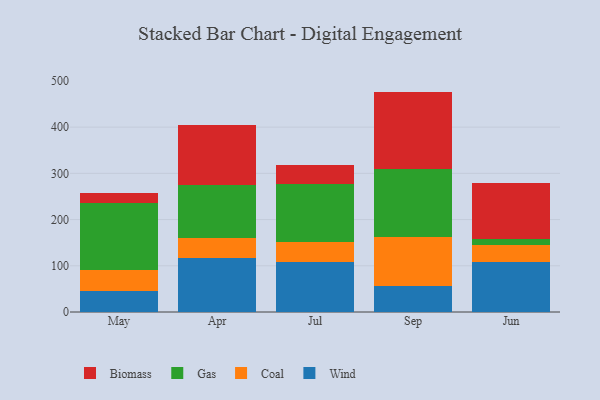
{"axis": {"x": "Month", "y": "Churn Rate (%)"}, "legend": ["Biomass", "Coal", "Gas", "Wind"], "data": [{"x": "May", "y": 44.7, "type": "Wind"}, {"x": "May", "y": 45.5, "type": "Coal"}, {"x": "May", "y": 144.9, "type": "Gas"}, {"x": "May", "y": 21.8, "type": "Biomass"}, {"x": "Apr", "y": 117.4, "type": "Wind"}, {"x": "Apr", "y": 43.5, "type": "Coal"}, {"x": "Apr", "y": 113.3, "type": "Gas"}, {"x": "Apr", "y": 129.4, "type": "Biomass"}, {"x": "Jul", "y": 107.5, "type": "Wind"}, {"x": "Jul", "y": 43.8, "type": "Coal"}, {"x": "Jul", "y": 124.8, "type": "Gas"}, {"x": "Jul", "y": 43.0, "type": "Biomass"}, {"x": "Sep", "y": 56.6, "type": "Wind"}, {"x": "Sep", "y": 104.7, "type": "Coal"}, {"x": "Sep", "y": 147.7, "type": "Gas"}, {"x": "Sep", "y": 167.9, "type": "Biomass"}, {"x": "Jun", "y": 108.4, "type": "Wind"}, {"x": "Jun", "y": 36.5, "type": "Coal"}, {"x": "Jun", "y": 12.9, "type": "Gas"}, {"x": "Jun", "y": 121.1, "type": "Biomass"}]}